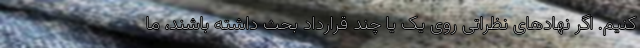
کنیم. اگر نهادهای نظراتی روی یک یا چند قرارداد بحث داشته باشند، ما